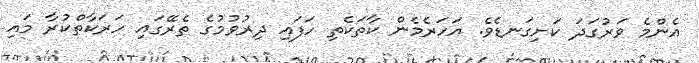
އެންމެ ވަރުގަދަ ކަށިގަނޑެވެ. އަހަރެމެން ކާތަކެތި ހަފައި ދިރުވުމުގެ ތެރޭގައި ހަރަކާތްކުރާ މައި